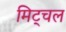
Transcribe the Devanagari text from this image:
मिट्चल